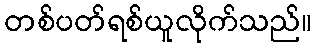
တစ်ပတ်ရစ်ယူလိုက်သည်။